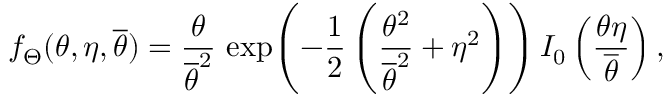
f _ { \Theta } ( \theta , \eta , \overline { { \theta } } ) = \frac { \theta } { \overline { { \theta } } ^ { 2 } } \, \exp \! \left( - \frac { 1 } { 2 } \left( \frac { \theta ^ { 2 } } { \overline { { \theta } } ^ { 2 } } + \eta ^ { 2 } \right) \right) I _ { 0 } \left( \frac { \theta \eta } { \overline { { \theta } } } \right) ,